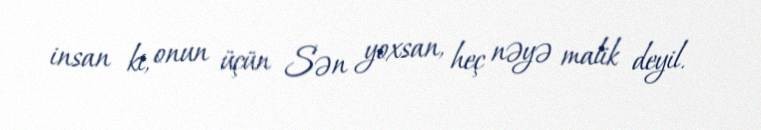
insan ki, onun üçün Sən yoxsan, heç nəyə malik deyil.